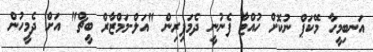
އަނބިމީހާ މޭކަޕް ނުކޮށް ހުއްޓާ ފެނުނީ ދެމަފިރިން "އަލް-މަމްޒާރް ބީޗް" އަށް ދެމީހުން